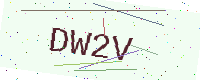
Text: DW2V